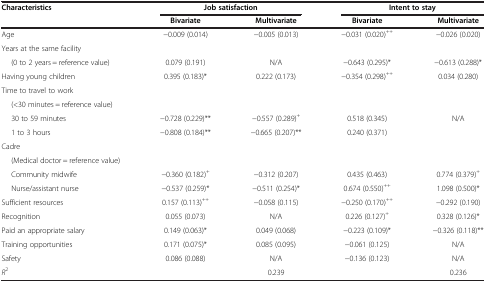
<table><thead><tr><td><b>Characteristics</b></td><td colspan="2"><b>Job satisfaction</b></td><td colspan="2"><b>Intent to stay</b></td></tr><tr><td><b> </b></td><td><b>Bivariate</b></td><td><b>Multivariate</b></td><td><b>Bivariate</b></td><td><b>Multivariate</b></td></tr></thead><tbody><tr><td>Age</td><td>-0.009 (0.014)</td><td>-0.005 (0.013)</td><td>-0.031 (0.020)<sup>++</sup></td><td>-0.026 (0.020)</td></tr><tr><td>Years at the same facility</td><td> </td><td> </td><td> </td><td> </td></tr><tr><td>(0 to 2 years = reference value)</td><td>0.079 (0.191)</td><td>N/A</td><td>-0.643 (0.295)*</td><td>-0.613 (0.288)*</td></tr><tr><td>Having young children</td><td>0.395 (0.183)*</td><td>0.222 (0.173)</td><td>-0.354 (0.298)<sup>++</sup></td><td>0.034 (0.280)</td></tr><tr><td>Time to travel to work</td><td> </td><td> </td><td> </td><td> </td></tr><tr><td>(&lt;30 minutes = reference value)</td><td> </td><td> </td><td> </td><td> </td></tr><tr><td>30 to 59 minutes</td><td>-0.728 (0.229)**</td><td>-0.557 (0.289)<sup>+</sup></td><td>0.518 (0.345)</td><td>N/A</td></tr><tr><td>1 to 3 hours</td><td>-0.808 (0.184)**</td><td>-0.665 (0.207)**</td><td>0.240 (0.371)</td><td> </td></tr><tr><td>Cadre</td><td> </td><td> </td><td> </td><td> </td></tr><tr><td>(Medical doctor = reference value)</td><td> </td><td> </td><td> </td><td> </td></tr><tr><td>Community midwife</td><td>-0.360 (0.182)<sup>+</sup></td><td>-0.312 (0.207)</td><td>0.435 (0.463)</td><td>0.774 (0.379)<sup>+</sup></td></tr><tr><td>Nurse/assistant nurse</td><td>-0.537 (0.259)*</td><td>-0.511 (0.254)*</td><td>0.674 (0.550)<sup>++</sup></td><td>1.098 (0.500)*</td></tr><tr><td>Sufficient resources</td><td>0.157 (0.113)<sup>++</sup></td><td>-0.058 (0.115)</td><td>-0.250 (0.170)<sup>++</sup></td><td>-0.292 (0.190)</td></tr><tr><td>Recognition</td><td>0.055 (0.073)</td><td>N/A</td><td>0.226 (0.127)<sup>+</sup></td><td>0.328 (0.126)*</td></tr><tr><td>Paid an appropriate salary</td><td>0.149 (0.063)*</td><td>0.049 (0.068)</td><td>-0.223 (0.109)*</td><td>-0.326 (0.118)**</td></tr><tr><td>Training opportunities</td><td>0.171 (0.075)*</td><td>0.085 (0.095)</td><td>-0.061 (0.125)</td><td>N/A</td></tr><tr><td>Safety</td><td>0.086 (0.088)</td><td>N/A</td><td>-0.136 (0.123)</td><td>N/A</td></tr><tr><td><i>R</i><sup>2</sup></td><td> </td><td>0.239</td><td> </td><td>0.236</td></tr></tbody></table>